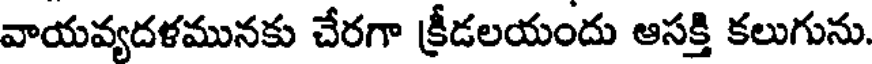
వాయవ్యదళమునకు చేరగా క్రీడలయందు ఆసక్తి కలుగును.